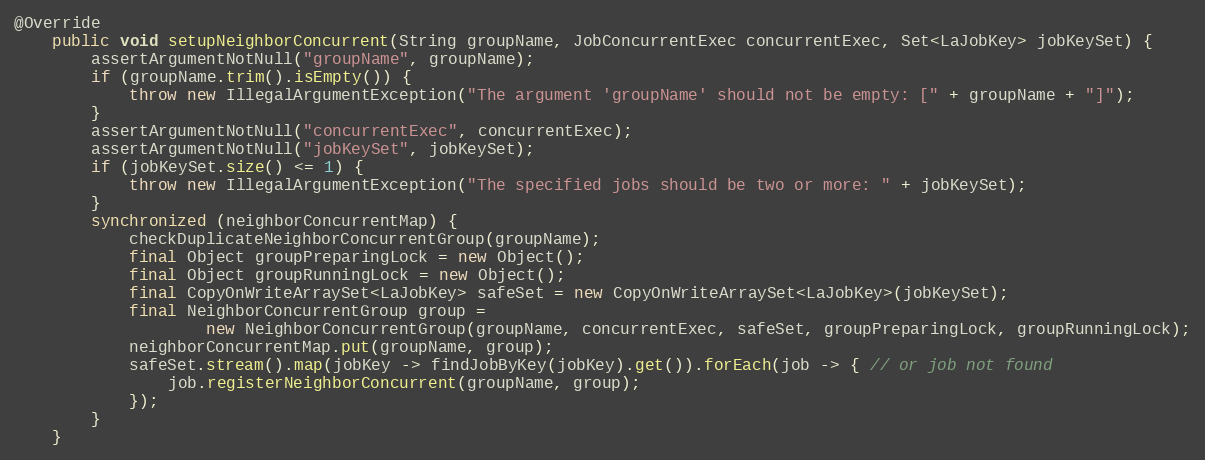
Language: Java
@Override
    public void setupNeighborConcurrent(String groupName, JobConcurrentExec concurrentExec, Set<LaJobKey> jobKeySet) {
        assertArgumentNotNull("groupName", groupName);
        if (groupName.trim().isEmpty()) {
            throw new IllegalArgumentException("The argument 'groupName' should not be empty: [" + groupName + "]");
        }
        assertArgumentNotNull("concurrentExec", concurrentExec);
        assertArgumentNotNull("jobKeySet", jobKeySet);
        if (jobKeySet.size() <= 1) {
            throw new IllegalArgumentException("The specified jobs should be two or more: " + jobKeySet);
        }
        synchronized (neighborConcurrentMap) {
            checkDuplicateNeighborConcurrentGroup(groupName);
            final Object groupPreparingLock = new Object();
            final Object groupRunningLock = new Object();
            final CopyOnWriteArraySet<LaJobKey> safeSet = new CopyOnWriteArraySet<LaJobKey>(jobKeySet);
            final NeighborConcurrentGroup group =
                    new NeighborConcurrentGroup(groupName, concurrentExec, safeSet, groupPreparingLock, groupRunningLock);
            neighborConcurrentMap.put(groupName, group);
            safeSet.stream().map(jobKey -> findJobByKey(jobKey).get()).forEach(job -> { // or job not found
                job.registerNeighborConcurrent(groupName, group);
            });
        }
    }